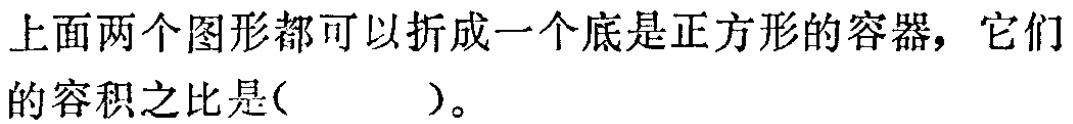
上面两个图形都可以折成一个底是正方形的容器，它们的容积之比是(  )。